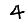
Digit: 4